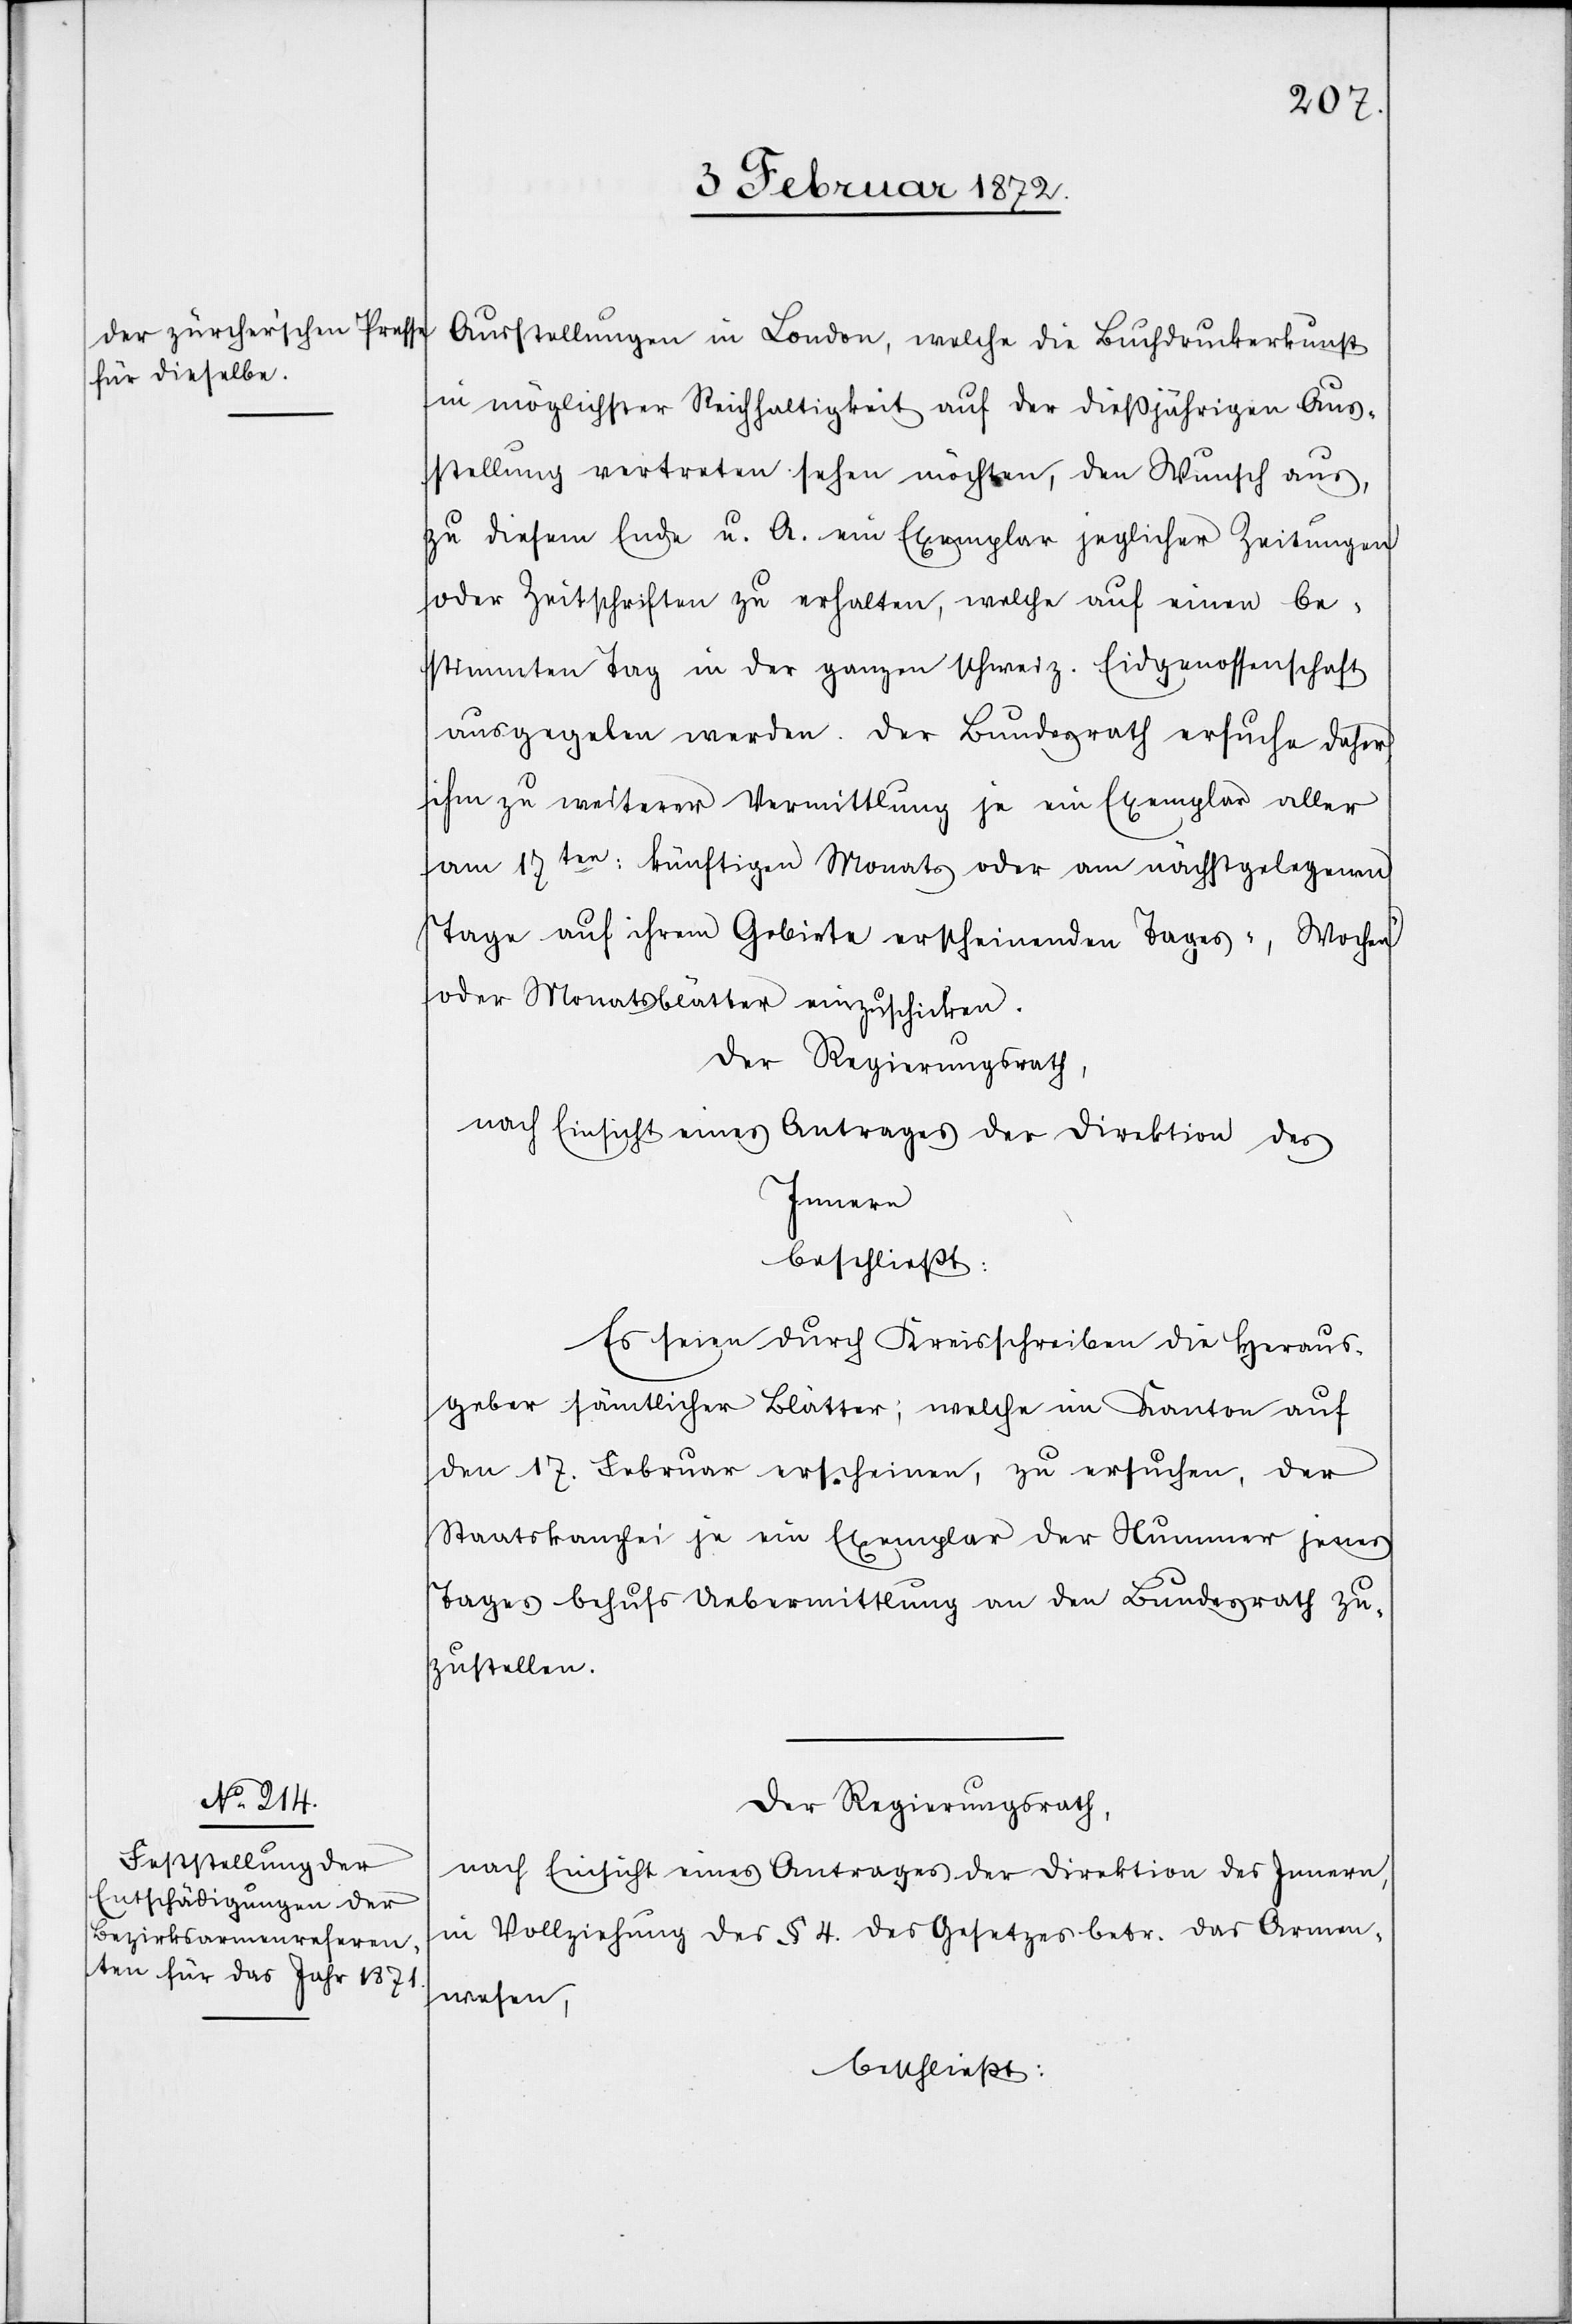
Ausstellungen in London, welche die Buchdruckerkunst
in möglichster Reichhaltigkeit auf der dießjährigen Aus¬
stellung vertreten sehen möchten, den Wunsch aus,
zu diesem Ende u. A. ein Exemplar jeglicher Zeitungen
oder Zeitschriften zu erhalten, welche auf einen be¬
stimmten Tag in der ganzen schweiz. Eidgenossenschaft
ausgegeben werden. Der Bundesrath ersuche daher,
ihm zu weiterer Vermittlung je ein Exemplar aller
am 17ten künftigen Monats oder am nächstgelegenen
Tage auf ihrem Gebiete erscheinenden Tages-, Wochen-
oder Monatsblätter einzuschicken.
Der Regierungsrath,
nach Einsicht eines Antrages der Direktion des
Innern,
beschließt:
Es seien durch Kreisschreiben die Heraus¬
geber sämtlicher Blätter, welche im Kanton auf
den 17. Februar erscheinen, zu ersuchen, der
Staatskanzlei je ein Exemplar der Nummer jenes
Tages behufs Uebermittlung an den Bundesrath zu¬
zustellen.
in Vollziehung des § 4. des Gesetzes betr. das Armen¬
wesen,
beschließt: